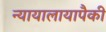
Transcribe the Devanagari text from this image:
न्यायालायापैकी